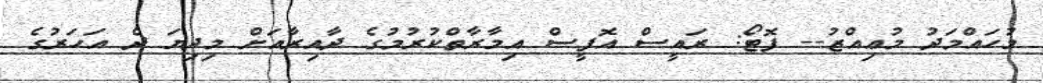
މުހައްމަދު މުޢިއްޒު-- ފޮޓޯ: ރައީސް އޮފީސް އިމާރާތްކުރުމުގެ ދާއިރާއަށް މިދިޔަ ދެ އަހަރުގެ